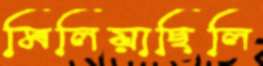
মিলিয়াছিলি